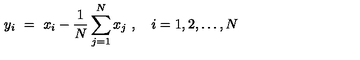
y _ { i } \ = \ x _ { i } - \frac { 1 } { N } \sum _ { j = 1 } ^ { N } x _ { j } \ , \quad i = 1 , 2 , \ldots , N